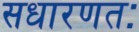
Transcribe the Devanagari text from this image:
सधारणतः